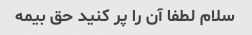
سلام لطفا آن را پر کنید حق بیمه